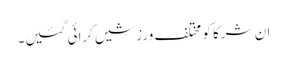
ان شرکا کو مختلف ورزشیں کرائی گئیں۔